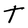
Character: T